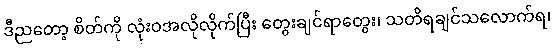
ဒီညတော့ စိတ်ကို လုံးဝအလိုလိုက်ပြီး တွေးချင်ရာတွေး၊ သတိရချင်သလောက်ရ၊